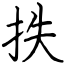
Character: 抶